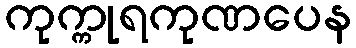
ကုက္ကုရကုဏပေန